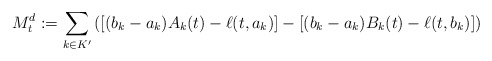
\begin{align*}M^d_t:=\sum_{k\in K'}\left([(b_k-a_k)A_k(t)-\ell(t,a_k)]-[(b_k-a_k)B_k(t)-\ell(t,b_k)] \right)\end{align*}